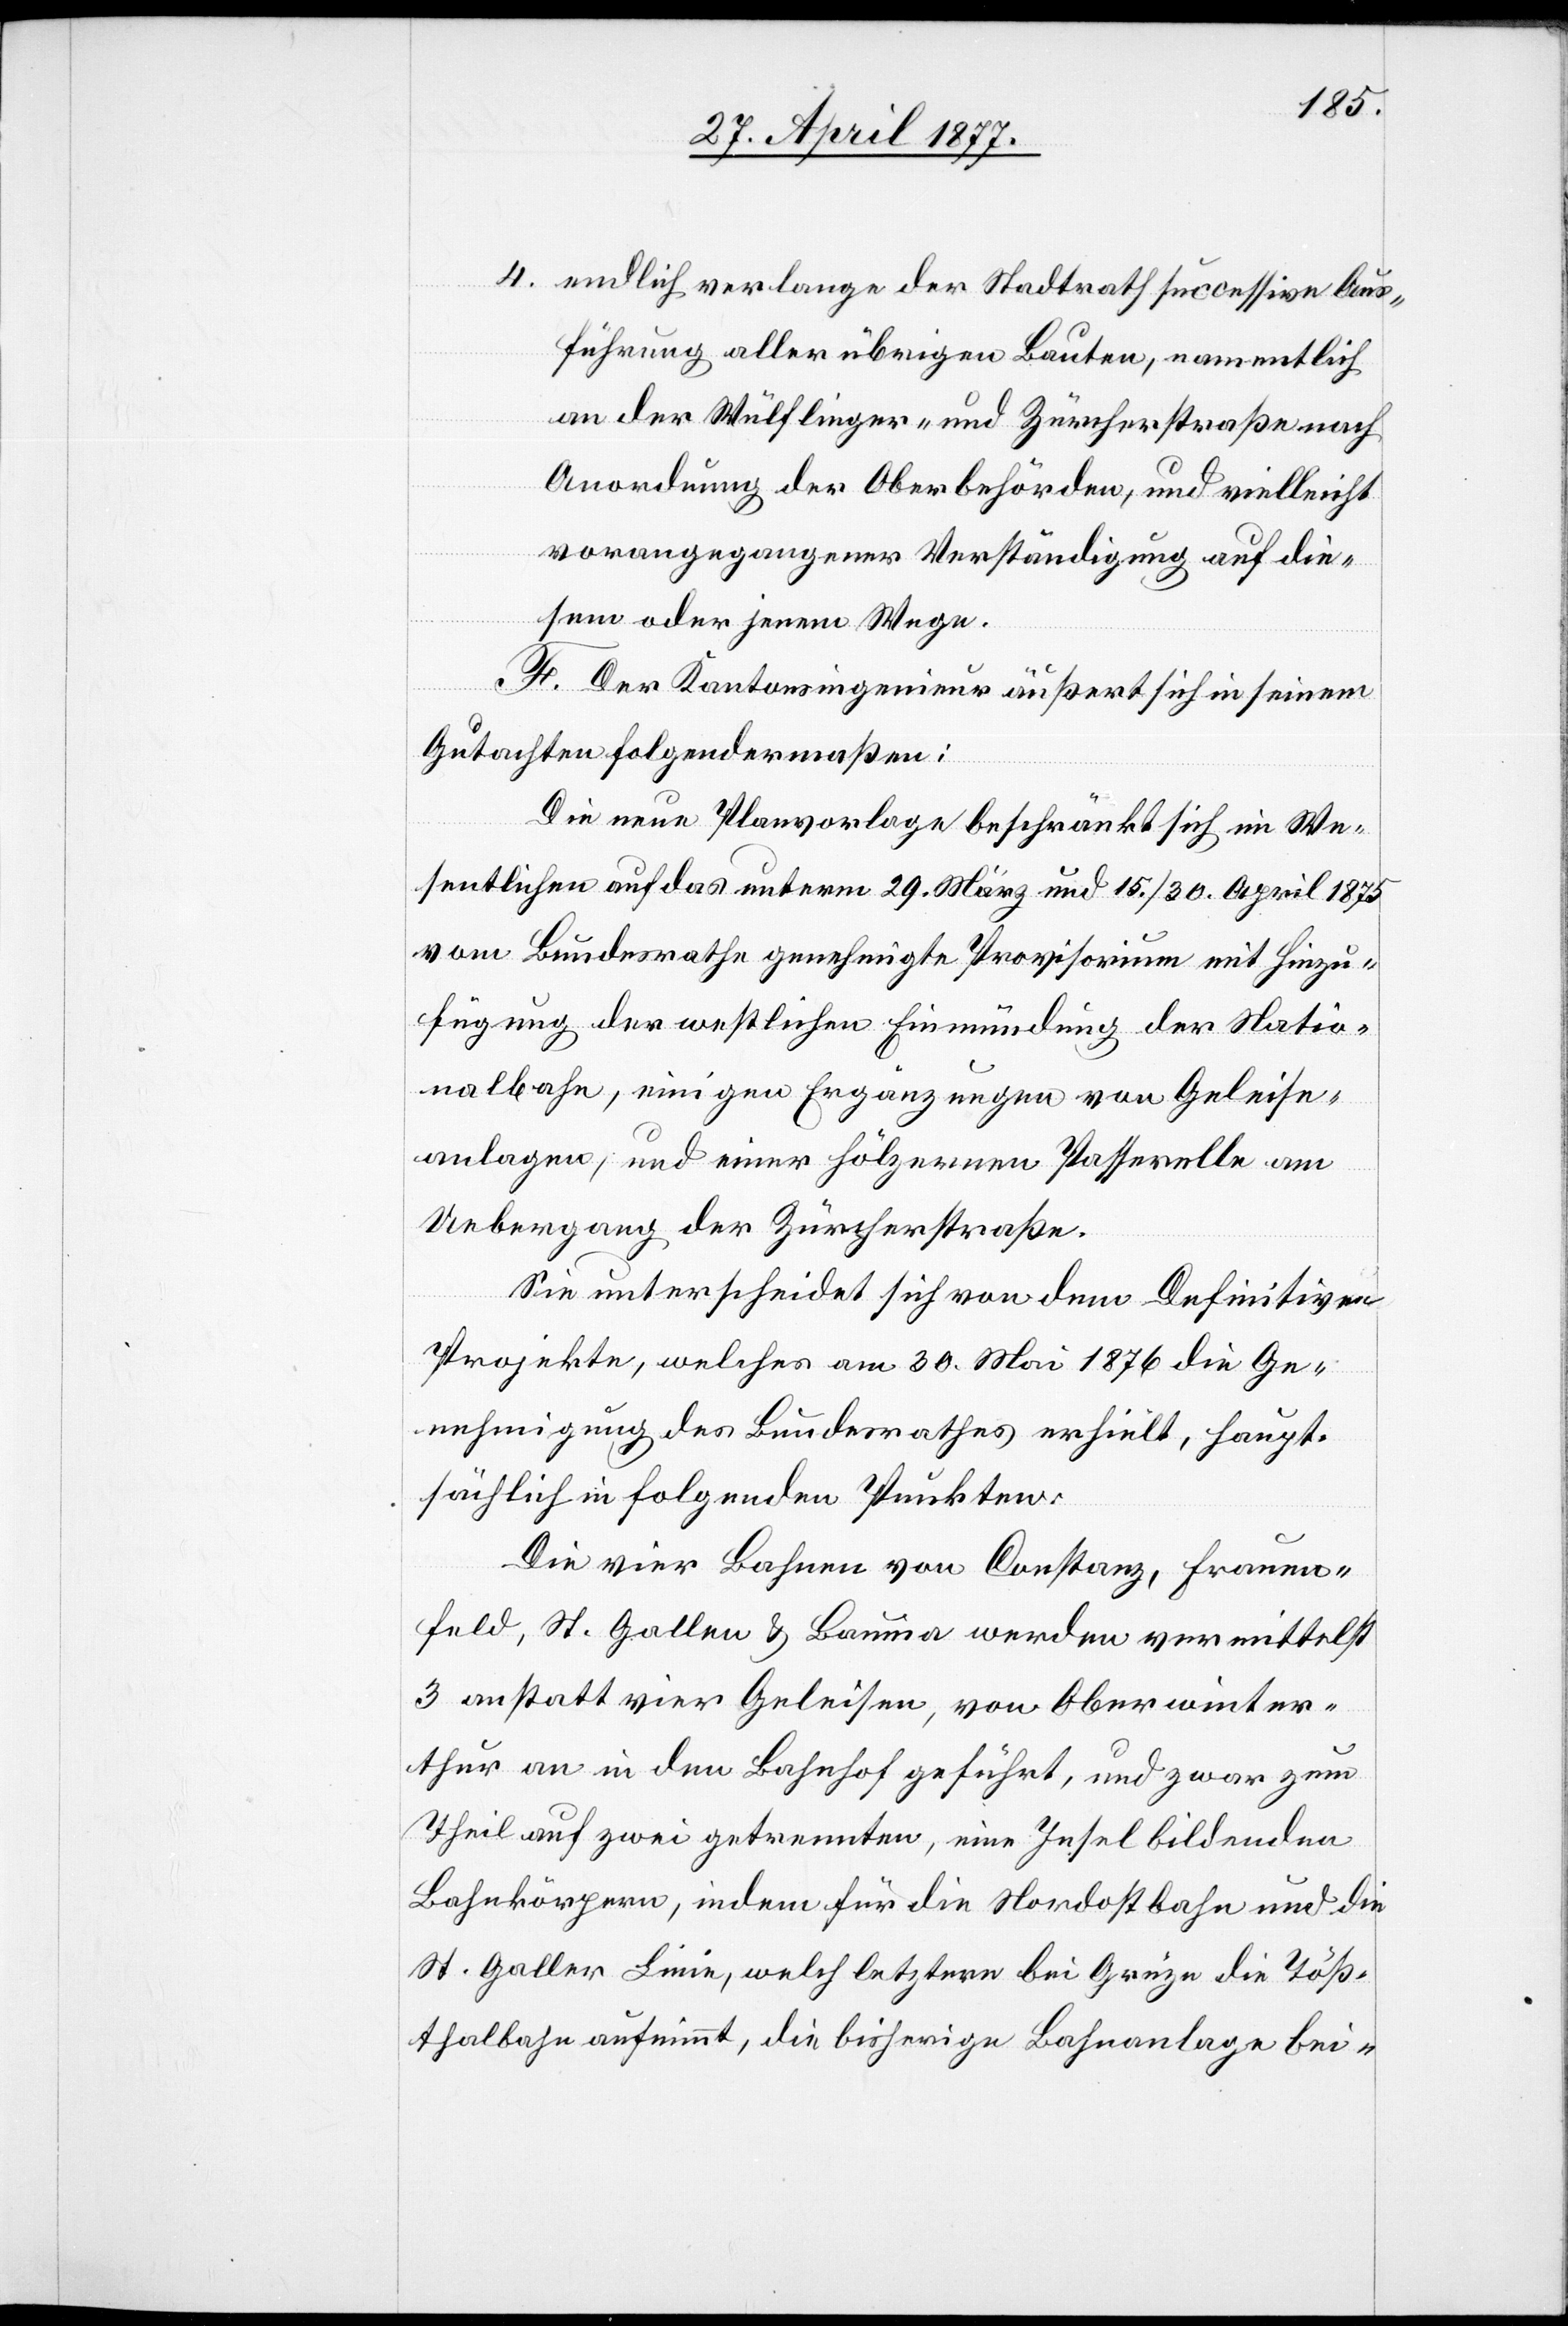
4. endlich verlange der Stadtrath successive Aus¬
führung aller übrigen Bauten, namentlich
an der Wülflinger- und Zürcherstraße nach
Anordnung der Oberbehörden, und vielleicht
vorangegangener Verständigung auf die¬
sem oder jenem Wege.
F. Der Kantonsingenieur äußert sich in seinem
Gutachten folgendermaßen:
Die neue Planvorlage beschränkt sich im We¬
sentlichen auf das unterm 29. März und 15./30. April 1875
vom Bundesrathe genehmigte Provisorium mit Hinzu¬
fügung der westlichen Einmündung der Natio¬
nalbahn, einigen Ergänzungen von Geleise¬
anlagen, und einer hölzernen Passerelle am
Uebergang der Zürcherstraße.
Sie unterscheidet sich von dem Definitiven
Projekte, welches am 30. Mai 1876 die Ge¬
nehmigung des Bundesrathes erhielt, haupt¬
sächlich in folgenden Punkten:
Die vier Bahnen von Constanz, Frauen¬
feld, St. Gallen & Bauma werden vermittelst
3 anstatt vier Geleisen, von Oberwinter¬
thur an in den Bahnhof geführt, und zwar zum
Theil auf zwei getrennten, eine Insel bildenden
Bahnkörpern, indem für die Nordostbahn und die
St. Galler Linie, welch letztere bei Grüze die Töß¬
thalbahn aufnimmt, die bisherige Bahnanlage bei-